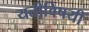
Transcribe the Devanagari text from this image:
यतीविषयी